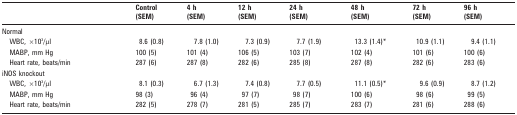
<table><thead><tr><td></td><td><b>Control (SEM)</b></td><td><b>4 h (SEM)</b></td><td><b>12 h (SEM)</b></td><td><b>24 h (SEM)</b></td><td><b>48 h (SEM)</b></td><td><b>72 h (SEM)</b></td><td><b>96 h (SEM)</b></td></tr></thead><tbody><tr><td>Normal</td><td></td><td></td><td></td><td></td><td></td><td></td><td></td></tr><tr><td>WBC, ×103/μl</td><td>8.6 (0.8)</td><td>7.8 (1.0)</td><td>7.3 (0.9)</td><td>7.7 (1.9)</td><td>13.3 (1.4)*</td><td>10.9 (1.1)</td><td>9.4 (1.1)</td></tr><tr><td>MABP, mm Hg</td><td>100 (5)</td><td>101 (4)</td><td>106 (5)</td><td>103 (7)</td><td>102 (4)</td><td>101 (6)</td><td>100 (6)</td></tr><tr><td>Heart rate, beats/min</td><td>287 (6)</td><td>287 (8)</td><td>282 (6)</td><td>285 (8)</td><td>287 (8)</td><td>282 (6)</td><td>283 (6)</td></tr><tr><td>iNOS knockout</td><td></td><td></td><td></td><td></td><td></td><td></td><td></td></tr><tr><td>WBC, ×103/μl</td><td>8.1 (0.3)</td><td>6.7 (1.3)</td><td>7.4 (0.8)</td><td>7.7 (0.5)</td><td>11.1 (0.5)*</td><td>9.6 (0.9)</td><td>8.7 (1.2)</td></tr><tr><td>MABP, mm Hg</td><td>98 (3)</td><td>96 (4)</td><td>97 (7)</td><td>98 (7)</td><td>100 (6)</td><td>98 (6)</td><td>99 (5)</td></tr><tr><td>Heart rate, beats/min</td><td>282 (5)</td><td>278 (7)</td><td>281 (5)</td><td>285 (7)</td><td>283 (7)</td><td>281 (6)</td><td>288 (6)</td></tr></tbody></table>